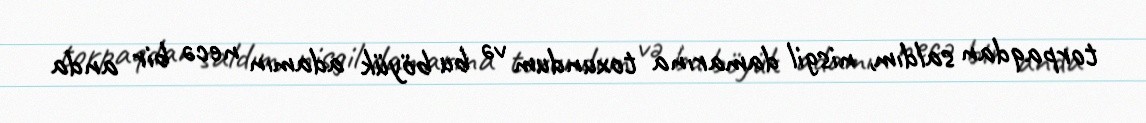
torpaqdan saldım, nisgil damarına toxundum və bu böyük adamın necə bir anda